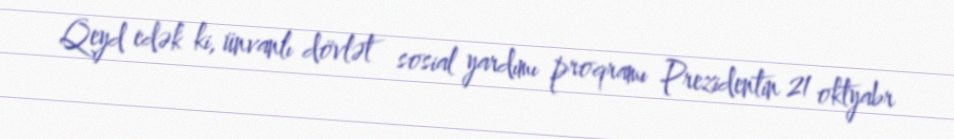
Qeyd edək ki, ünvanlı dövlət sosial yardımı proqramı Prezidentin 21 oktyabr